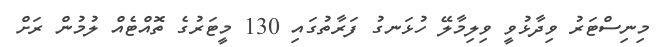
މިނިސްޓަރު ވިދާޅުވީ ވިލިމާލޭ ހުޅަނގު ފަރާތުގައި 130 މީޓަރުގެ ތޮއްޓެއް ލުމުން ރަށް